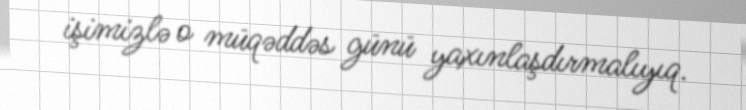
işimizlə o müqəddəs günü yaxınlaşdırmalıyıq.